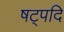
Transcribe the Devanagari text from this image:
षट्पदि